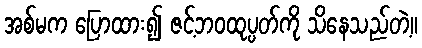
အစ်မက ပြောထား၍ ဇင့်ဘဝထုပ္ပတ်ကို သိနေသည်တဲ့။